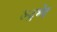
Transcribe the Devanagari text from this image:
रूद्रभेद